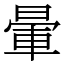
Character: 暈